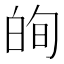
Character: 𭽕